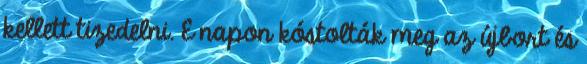
kellett tizedelni. E napon kóstolták meg az újbort és